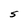
Character: S